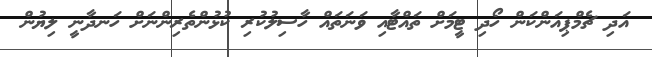
އަދި ޗެމްޕިއަންކަން ހޯދި ޓީމަށް ތައްޓާއި ވަނަތައް ހާސިލުކުރި ކުޅުންތެރިންނަށް ހަނދާނީ ލިޔުން